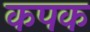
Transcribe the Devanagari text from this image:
कपक